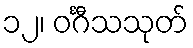
၁၂၊ ဝင်္ဂီသသုတ်